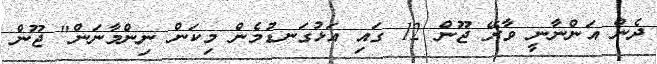
ދެން އަންނާނީ ވާރޭ ޖޫން 12 ގައި އަޅުގަނޑުމެން މިކަން ނިންމާނަން" ޖޫން